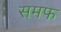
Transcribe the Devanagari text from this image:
समफ